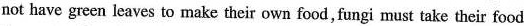
not have green leaves to make their own food, fungi must take their food